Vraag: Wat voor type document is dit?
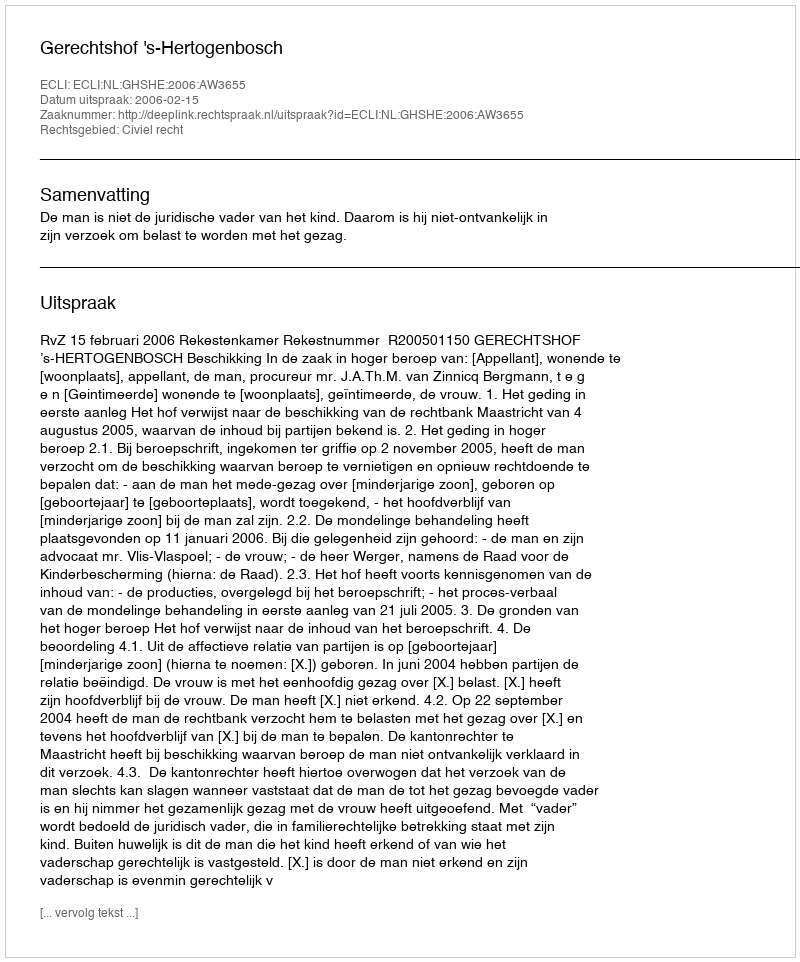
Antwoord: Uitspraak